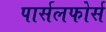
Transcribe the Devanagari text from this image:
पार्सलफोर्स